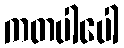
ကတပါပေါ